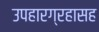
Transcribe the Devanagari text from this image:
उपहारग्रहासह